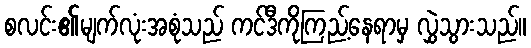
စလင်း၏မျက်လုံးအစုံသည် ကင်ဒီကိုကြည့်နေရာမှ လွှဲသွားသည်။